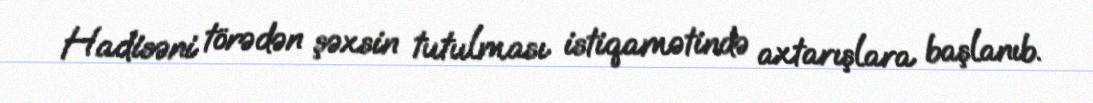
Hadisəni törədən şəxsin tutulması istiqamətində axtarışlara başlanıb.